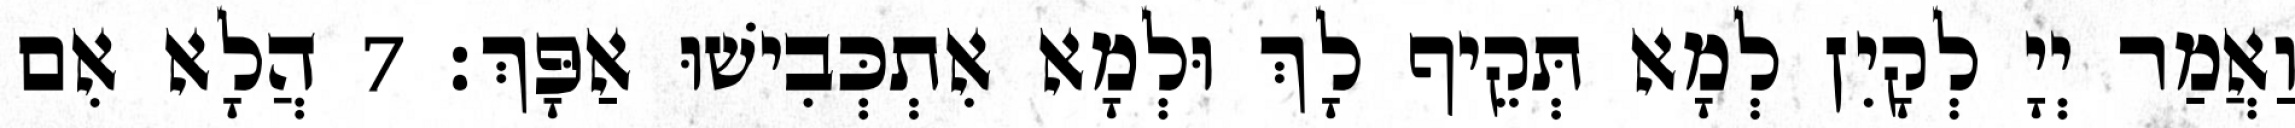
וַאֲמַר יְיָ לְקָיִן לְמָא תְּקֵיף לָךְ וּלְמָא אִתְכְּבִישׁוּ אַפָּךְ׃ 7 הֲלָא אִם